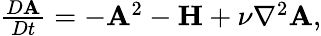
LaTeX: \begin{array}{r}{\frac{D{\mathbf{A}}}{Dt}=-{\mathbf{A}}^{2}-{\mathbf{H}}+\nu\nabla^{2}{\mathbf{A}},}\end{array}